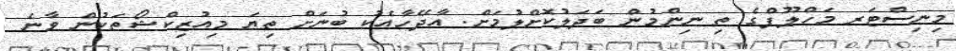
މިނިސްޓަރ މަހްލޫފްގެ ތި ނިންމުން ބަދަލުކޮށްލުމަށް. އާދޭހާއެކު ބުނަށް ތިޔަ މިއުޒިކްޝޯތަކުން ވާނެ